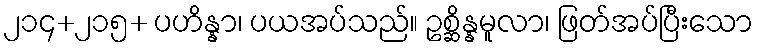
၂၁၄+၂၁၅+ ပဟိန္နာ၊ ပယအပ်သည်။ ဥစ္ဆိန္နမူလာ၊ ဖြတ်အပ်ပြီးသော